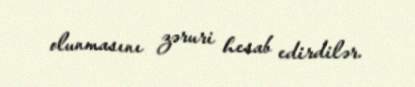
olunmasını zəruri hesab edirdilər.